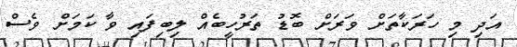
އަދި މި ހަރަކާތަށް ވަރަށް ބޮޑު ތަރުހީބެއް ލިބިފައި ވާ ކަމަށް ވެސް